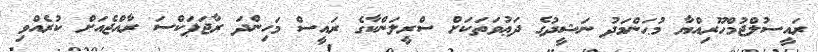
ރައީސުލްޖުމްހޫރިއްޔާ މުޙަންމަދު ނަޝީދުގެ ދަޢުވަތަކަށް ސްރީލަންކާގެ ރައީސް މަހިންދަ ރާޖަޕަކްސަ ރާއްޖެއަށް ކުރެއްވި